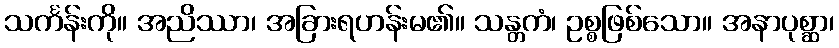
သင်္ကန်းကို။ အညိဿာ၊ အခြားရဟန်းမ၏။ သန္တကံ၊ ဥစ္စဖြစ်သော။ အနာပုစ္ဆာ၊